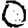
Digit: 0